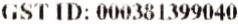
GST ID: 000381399040